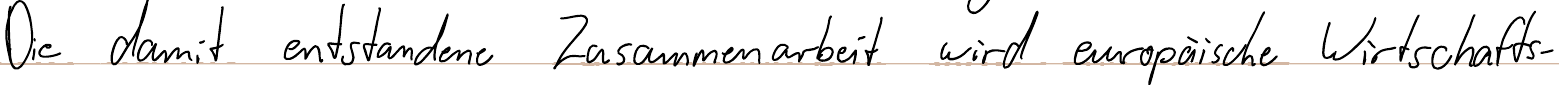
Die damit entstandene Zusammenarbeit wird europäische Wirtschafts-